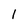
Character: 1